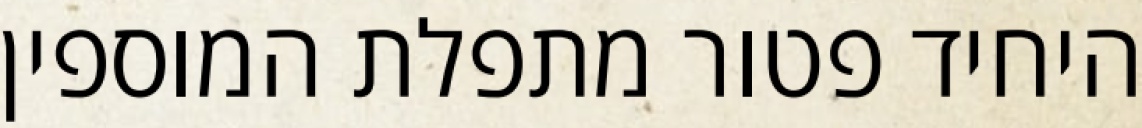
היחיד פטור מתפלת המוספין